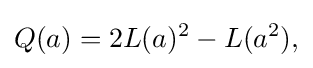
\displaystyle {Q(a)=2L(a)^{2}-L(a^{2}),}